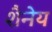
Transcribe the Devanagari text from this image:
शैनेय